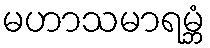
မဟာသမာရမ္ဘံ